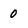
Character: 0